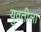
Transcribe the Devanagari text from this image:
युवतीला